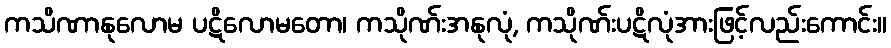
ကသိဏာနုလောမ ပဋိလောမတော၊ ကသိုဏ်းအနုလုံ, ကသိုဏ်းပဋိလုံအားဖြင့်လည်းကောင်း။